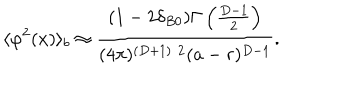
LaTeX: \langle \varphi ^ { 2 } ( x ) \rangle _ { b } \approx \frac { ( 1 - 2 \delta _ { B 0 } ) \Gamma \left( \frac { D - 1 } { 2 } \right) } { ( 4 \pi ) ^ { ( D + 1 ) / 2 } ( a - r ) ^ { D - 1 } } .